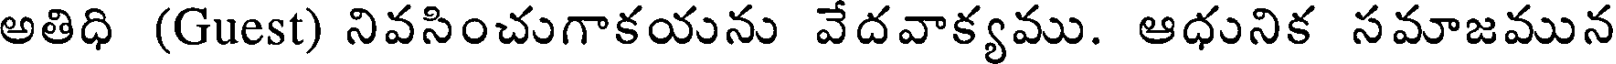
అతిధి (Guest) నివసించుగాకయను వేదవాక్యము. ఆధునిక సమాజమున